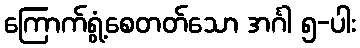
ကြောက်ရွံ့စေတတ်သော အင်္ဂါ ၅-ပါး